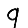
Digit: 9